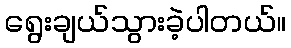
ရွေးချယ်သွားခဲ့ပါတယ်။